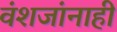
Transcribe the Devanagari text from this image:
वंशजांनाही